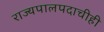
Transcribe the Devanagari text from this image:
राज्यपालपदाचीही